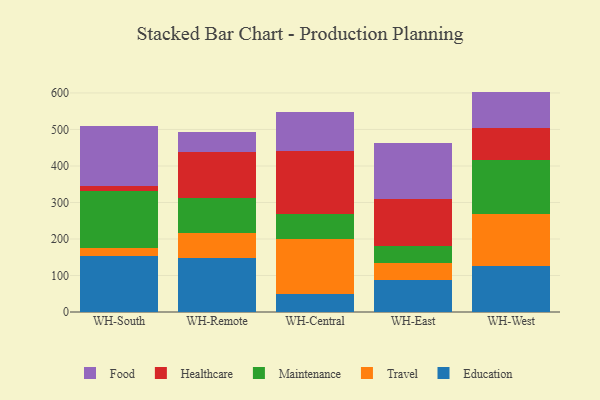
{"axis": {"x": "Warehouse", "y": "Operating Costs (USD K)"}, "legend": ["Education", "Food", "Healthcare", "Maintenance", "Travel"], "data": [{"x": "WH-South", "y": 152.7, "type": "Education"}, {"x": "WH-South", "y": 23.4, "type": "Travel"}, {"x": "WH-South", "y": 155.2, "type": "Maintenance"}, {"x": "WH-South", "y": 14.2, "type": "Healthcare"}, {"x": "WH-South", "y": 163.2, "type": "Food"}, {"x": "WH-Remote", "y": 147.6, "type": "Education"}, {"x": "WH-Remote", "y": 68.8, "type": "Travel"}, {"x": "WH-Remote", "y": 96.6, "type": "Maintenance"}, {"x": "WH-Remote", "y": 125.3, "type": "Healthcare"}, {"x": "WH-Remote", "y": 55.0, "type": "Food"}, {"x": "WH-Central", "y": 49.0, "type": "Education"}, {"x": "WH-Central", "y": 149.9, "type": "Travel"}, {"x": "WH-Central", "y": 70.5, "type": "Maintenance"}, {"x": "WH-Central", "y": 170.9, "type": "Healthcare"}, {"x": "WH-Central", "y": 108.5, "type": "Food"}, {"x": "WH-East", "y": 88.2, "type": "Education"}, {"x": "WH-East", "y": 45.2, "type": "Travel"}, {"x": "WH-East", "y": 46.6, "type": "Maintenance"}, {"x": "WH-East", "y": 130.1, "type": "Healthcare"}, {"x": "WH-East", "y": 153.9, "type": "Food"}, {"x": "WH-West", "y": 125.8, "type": "Education"}, {"x": "WH-West", "y": 141.8, "type": "Travel"}, {"x": "WH-West", "y": 149.8, "type": "Maintenance"}, {"x": "WH-West", "y": 87.7, "type": "Healthcare"}, {"x": "WH-West", "y": 98.6, "type": "Food"}]}